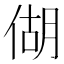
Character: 𪝍